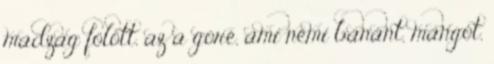
madzag fölött, az a góré, ami némi banánt, mangót,